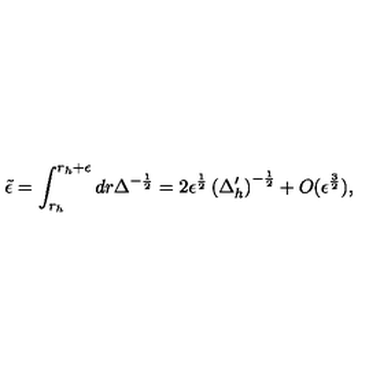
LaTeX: { \tilde { \epsilon } } = \int _ { r _ { h } } ^ { r _ { h } + \epsilon } d r \Delta ^ { - \frac { 1 } { 2 } } = 2 \epsilon ^ { \frac { 1 } { 2 } } \left( \Delta _ { h } ^ { \prime } \right) ^ { - \frac { 1 } { 2 } } + O ( \epsilon ^ { \frac { 3 } { 2 } } ) ,